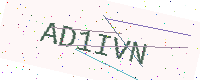
Text: AD1IVN